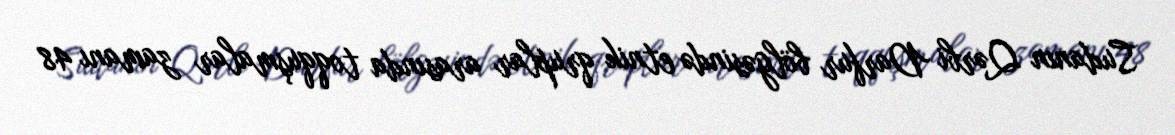
Sudanın Qərbi Darfur bölgəsində etnik qruplar arasında toqquşmalar zamanı 48